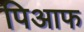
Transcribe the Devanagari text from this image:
पिआफ